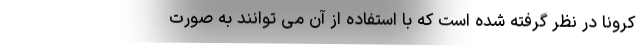
کرونا در نظر گرفته شده است که با استفاده از آن می توانند به صورت